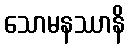
သောမနဿာနိ